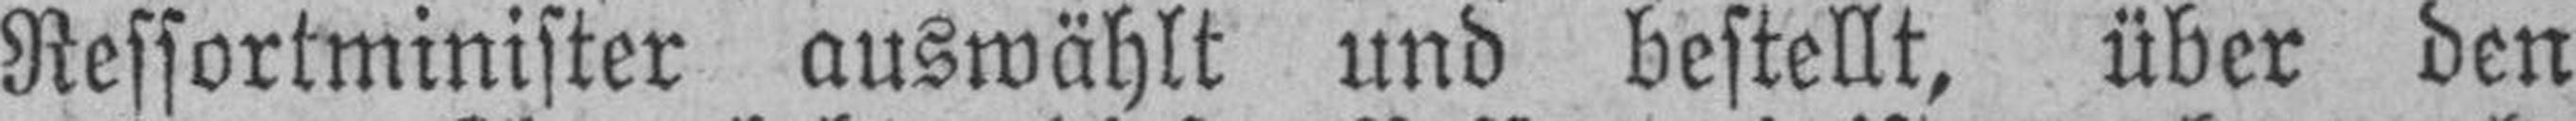
Ressortminister auswählt und bestellt, über den